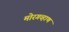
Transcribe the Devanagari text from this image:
मोरगव्हाण